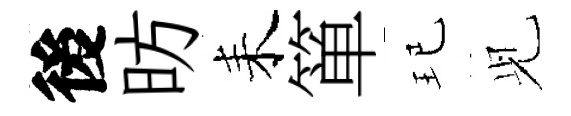
後昉耒箪玘𫤗